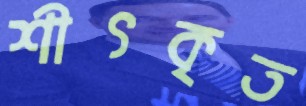
শীৎকৃত